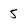
Character: 5